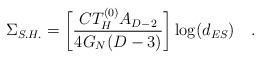
LaTeX: \begin{align*}\Sigma_{S.H.} = \biggl[\frac{C T_{H}^{(0)}A_{D-2}}{4G_N(D-3)}\biggr] \log(d_{ES}) \quad .\end{align*}